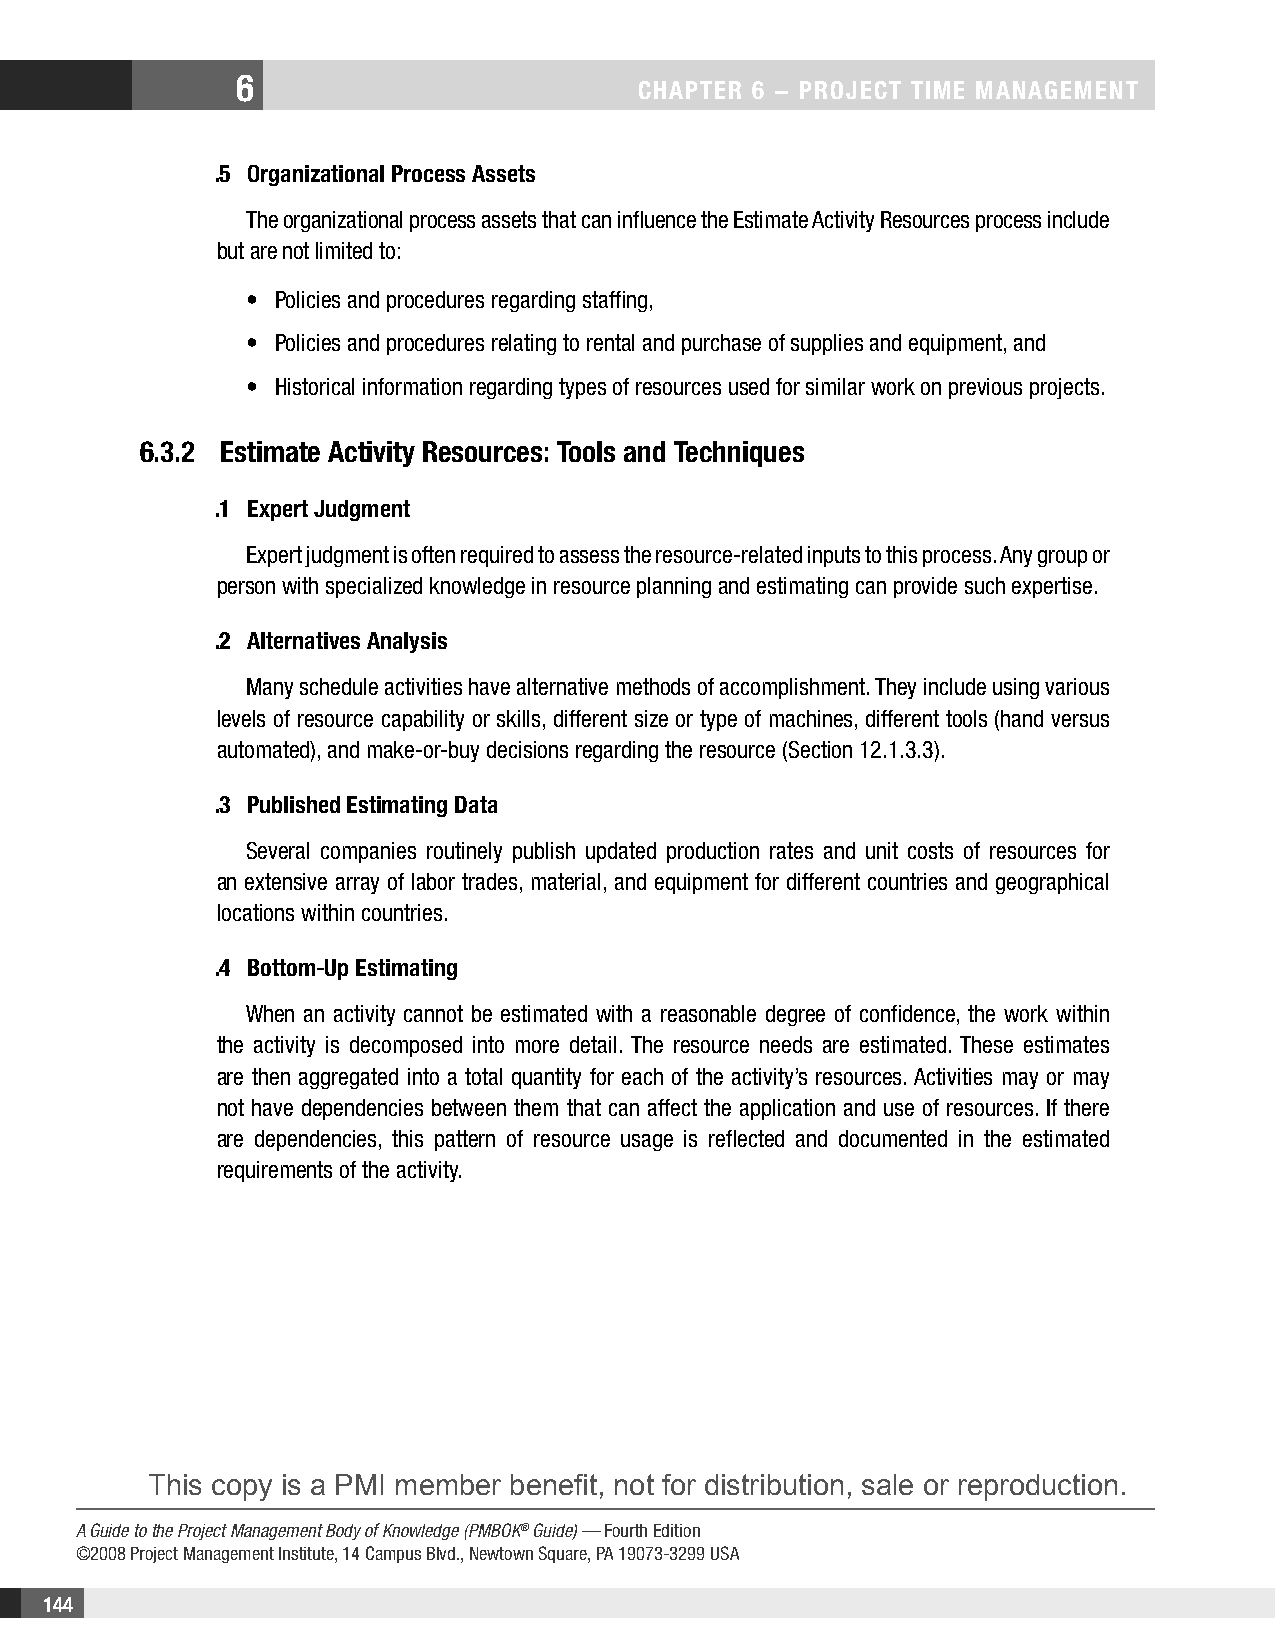
6
 CHAPTER 6 − PRojECT TimE mAnAgEmEnT
 .5 organizational Process Assets
 The organizational process assets that can influence the Estimate Activity Resources process include
 but are not limited to:
 • Policies and procedures regarding staffing,
 • Policies and procedures relating to rental and purchase of supplies and equipment, and
 • Historical information regarding types of resources used for similar work on previous projects.
 6.3.2 Estimate Activity Resources: Tools and Techniques
 .1 Expert judgment
 Expert judgment is often required to assess the resource-related inputs to this process. Any group or
 person with specialized knowledge in resource planning and estimating can provide such expertise.
 .2 Alternatives Analysis
 Many schedule activities have alternative methods of accomplishment. They include using various
 levels of resource capability or skills, different size or type of machines, different tools (hand versus
 automated), and make-or-buy decisions regarding the resource (Section 12.1.3.3).
 .3 Published Estimating Data
 Several companies routinely publish updated production rates and unit costs of resources for
 an extensive array of labor trades, material, and equipment for different countries and geographical
 locations within countries.
 .4 Bottom-Up Estimating
 When an activity cannot be estimated with a reasonable degree of confidence, the work within
 the activity is decomposed into more detail. The resource needs are estimated. These estimates
 are then aggregated into a total quantity for each of the activity’s resources. Activities may or may
 not have dependencies between them that can affect the application and use of resources. If there
 are dependencies, this pattern of resource usage is reflected and documented in the estimated
 requirements of the activity.
 This copy is a PMI member benefit, not for distribution, sale or reproduction.
 A Guide to the Project Management Body of Knowledge (PMBOK® Guide) — Fourth Edition
 ©2008 Project Management Institute, 14 Campus Blvd., Newtown Square, PA 19073-3299 USA
 144